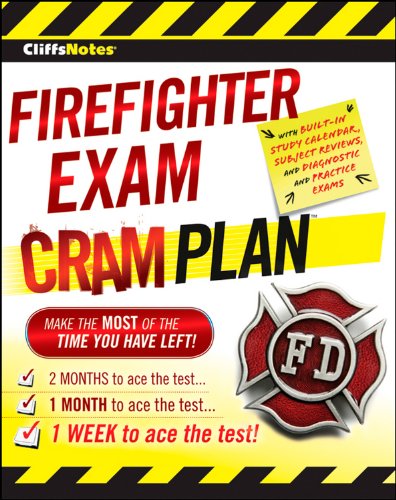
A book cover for CliffsNotes Firefighter Exam Cram Plan; Northeast Editing  Inc.; Test Preparation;